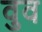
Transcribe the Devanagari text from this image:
वुव